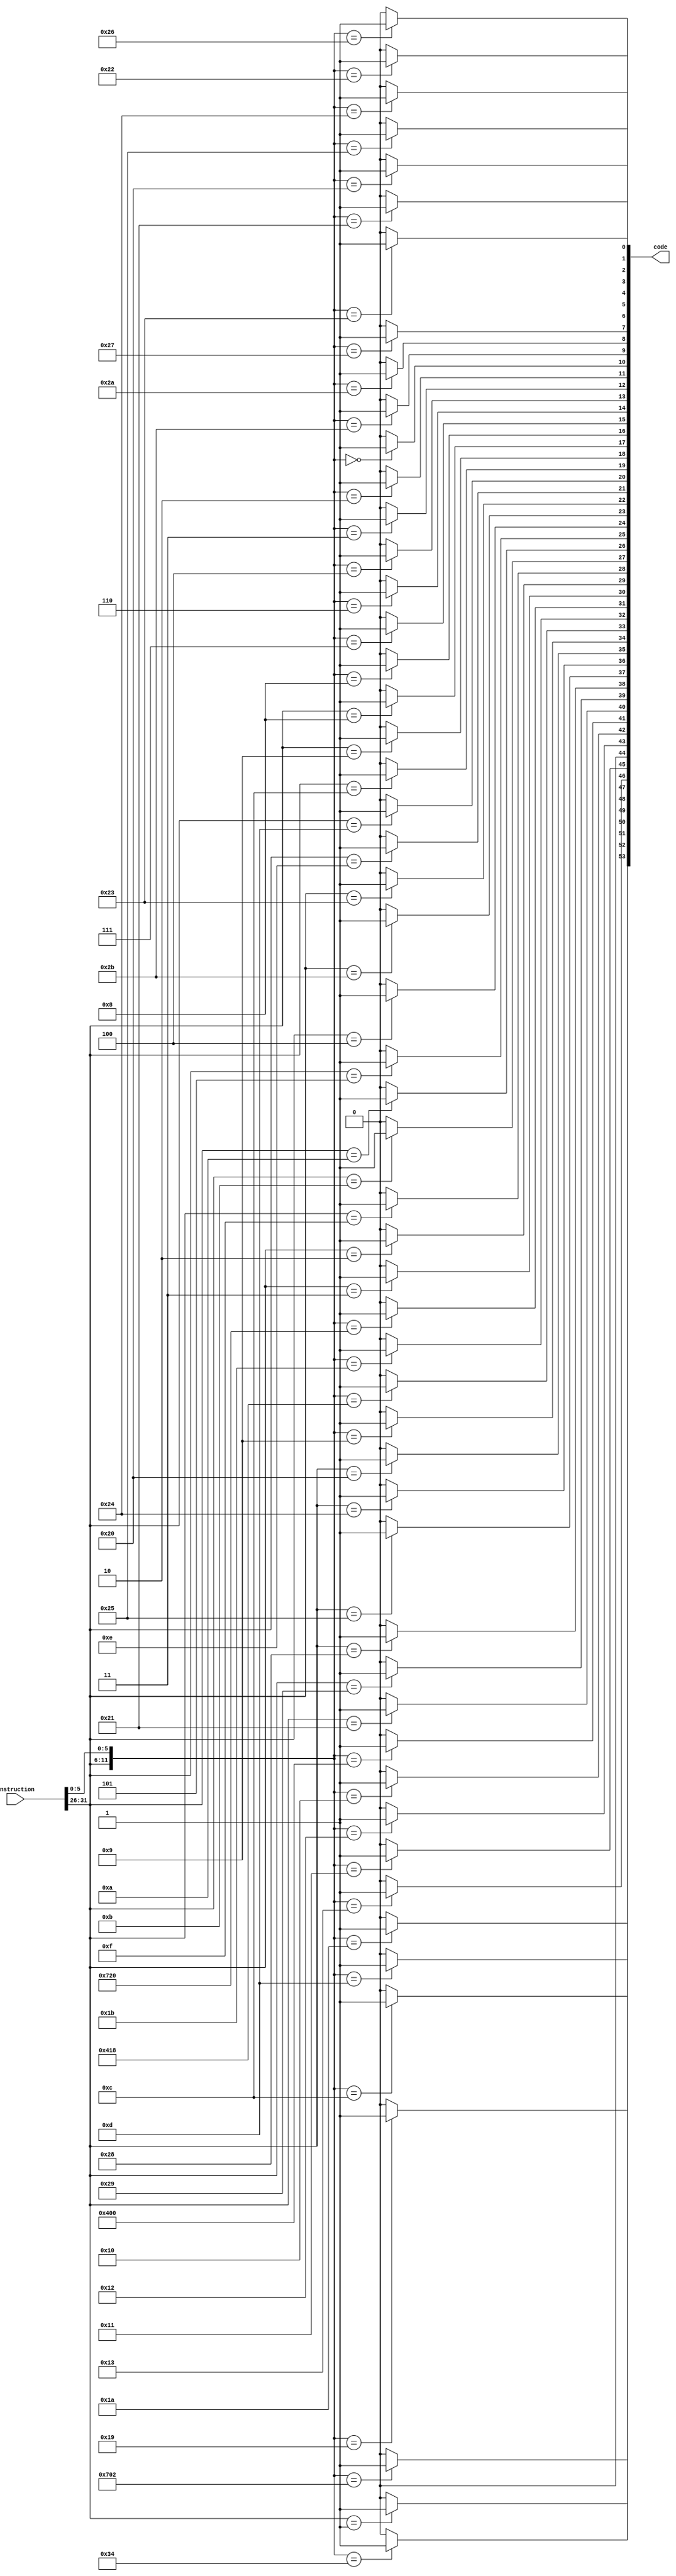
`timescale 1ns / 1ps

module InstructionDecode(
    input [31:0] instruction,
    output reg [53:0] code
);
    wire [5:0] op;
    wire [5:0] func;
    assign op = instruction[31:26];
    assign func = instruction[5:0];

    always @ *
    begin
        code <= 54'b0;
        casez({op, func})
            12'b000000_100000: code[0]  <= 1'b1; //ADD     0
            12'b000000_100001: code[1]  <= 1'b1; //ADDU    1
            12'b000000_100010: code[2]  <= 1'b1; //SUB     2  
            12'b000000_100011: code[3]  <= 1'b1; //SUBU    3
            12'b000000_100100: code[4]  <= 1'b1; //AND     4
            12'b000000_100101: code[5]  <= 1'b1; //OR      5
            12'b000000_100110: code[6]  <= 1'b1; //XOR     6
            12'b000000_100111: code[7]  <= 1'b1; //NOR     7
            12'b000000_101010: code[8]  <= 1'b1; //SLT     8
            12'b000000_101011: code[9]  <= 1'b1; //SLTU    9
            12'b000000_000000: code[10] <= 1'b1; //SLL     10
            12'b000000_000010: code[11] <= 1'b1; //SRL     11
            12'b000000_000011: code[12] <= 1'b1; //SRA     12
            12'b000000_000100: code[13] <= 1'b1; //SLLV    13
            12'b000000_000110: code[14] <= 1'b1; //SRLV    14
            12'b000000_000111: code[15] <= 1'b1; //SRAV    15
            12'b000000_001000: code[16] <= 1'b1; //JR      16
            12'b001000_??????: code[17] <= 1'b1; //ADDI    17
            12'b001001_??????: code[18] <= 1'b1; //ADDIU   18
            12'b001100_??????: code[19] <= 1'b1; //ANDI    19
            12'b001101_??????: code[20] <= 1'b1; //ORI     20
            12'b001110_??????: code[21] <= 1'b1; //XORI    21
            12'b100011_??????: code[22] <= 1'b1; //LW      22
            12'b101011_??????: code[23] <= 1'b1; //SW      23
            12'b000100_??????: code[24] <= 1'b1; //BEQ     24
            12'b000101_??????: code[25] <= 1'b1; //BNE     25
            12'b001010_??????: code[26] <= 1'b1; //SLTI    26
            12'b001011_??????: code[27] <= 1'b1; //SLTIU   27
            12'b001111_??????: code[28] <= 1'b1; //LUI     28
            12'b000010_??????: code[29] <= 1'b1; //J       29
            12'b000011_??????: code[30] <= 1'b1; //JAL     30
            12'b011100_100000: code[31] <= 1'b1; //CLZ     31
            12'b000000_011011: code[32] <= 1'b1; //DIVU    32
            12'b010000_011000: code[33] <= 1'b1; //ERET    33
            12'b000000_001001: code[34] <= 1'b1; //JALR    34
            12'b100000_??????: code[35] <= 1'b1; //LB      35
            12'b100100_??????: code[36] <= 1'b1; //LBU     36
            12'b100101_??????: code[37] <= 1'b1; //LHU     37
            12'b101000_??????: code[38] <= 1'b1; //SB      38
            12'b101001_??????: code[39] <= 1'b1; //SH      39
            12'b100001_??????: code[40] <= 1'b1; //LH      40
            12'b010000_000000: code[41] <= 1'b1; //MFC0    41*
            12'b000000_010000: code[42] <= 1'b1; //MFHI    42
            12'b000000_010010: code[43] <= 1'b1; //MFLO    43
            12'b010000_000000: code[44] <= 1'b1; //MTC0    44*
            12'b000000_010001: code[45] <= 1'b1; //MTHI    45
            12'b000000_010011: code[46] <= 1'b1; //MTLO    46
            12'b011100_000010: code[47] <= 1'b1; //MUL     47
            12'b000000_011001: code[48] <= 1'b1; //MULTU   48
            12'b000000_001100: code[49] <= 1'b1; //SYSCALL 49
            12'b000000_110100: code[50] <= 1'b1; //TEQ     50
            12'b000001_??????: code[51] <= 1'b1; //BGEZ    51
            12'b000000_001101: code[52] <= 1'b1; //BREAK   52
            12'b000000_011010: code[53] <= 1'b1; //DIV     53
            default:           code <= 54'b0;
        endcase
    end
endmodule